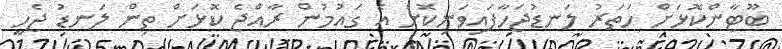
ބޫޓާންކޮޅަށް ހަތަރު ލަނޑުޖަހާފައިވަނިކޮށް އެ ގައުމުން ރާއްޖެ ކޮޅަށް ތިން ލަނޑު ޖެހީ